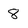
Character: 8